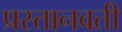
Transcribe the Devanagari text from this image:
प्रस्तानवती